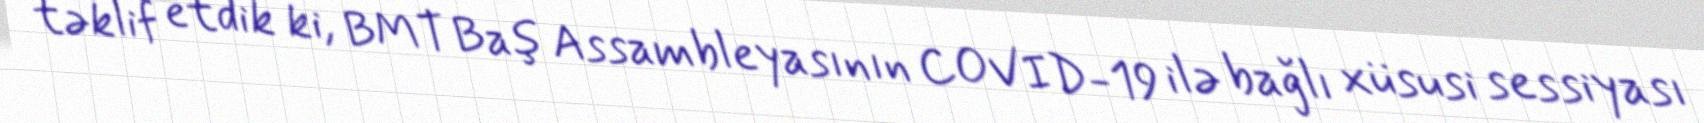
təklif etdik ki, BMT Baş Assambleyasının COVID-19 ilə bağlı xüsusi sessiyası